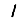
Digit: 1